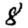
Digit: 8